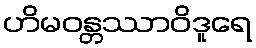
ဟိမဝန္တဿာဝိဒူရေ